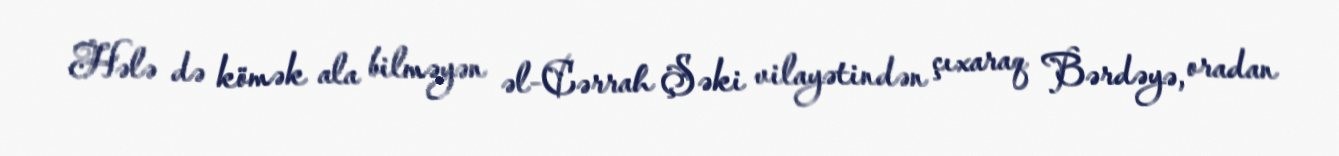
Hələ də kömək ala bilməyən əl-Cərrah Şəki vilayətindən çıxaraq Bərdəyə, oradan